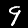
Label: 9